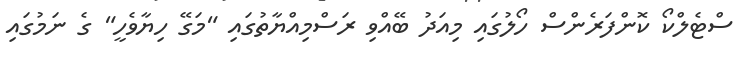
ސްޓެލްކޯ ކޮންފަރެންސް ހޯލުގައި މިއަދު ބޭއްވި ރަސްމިއްޔާތުގައި "މަގޭ ހިޔާވެހީ" ގެ ނަމުގައި